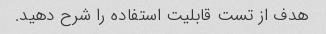
هدف از تست قابلیت استفاده را شرح دهید.